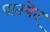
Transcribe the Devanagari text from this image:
पातयेत्